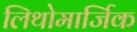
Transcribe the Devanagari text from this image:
लिथोमार्जिक